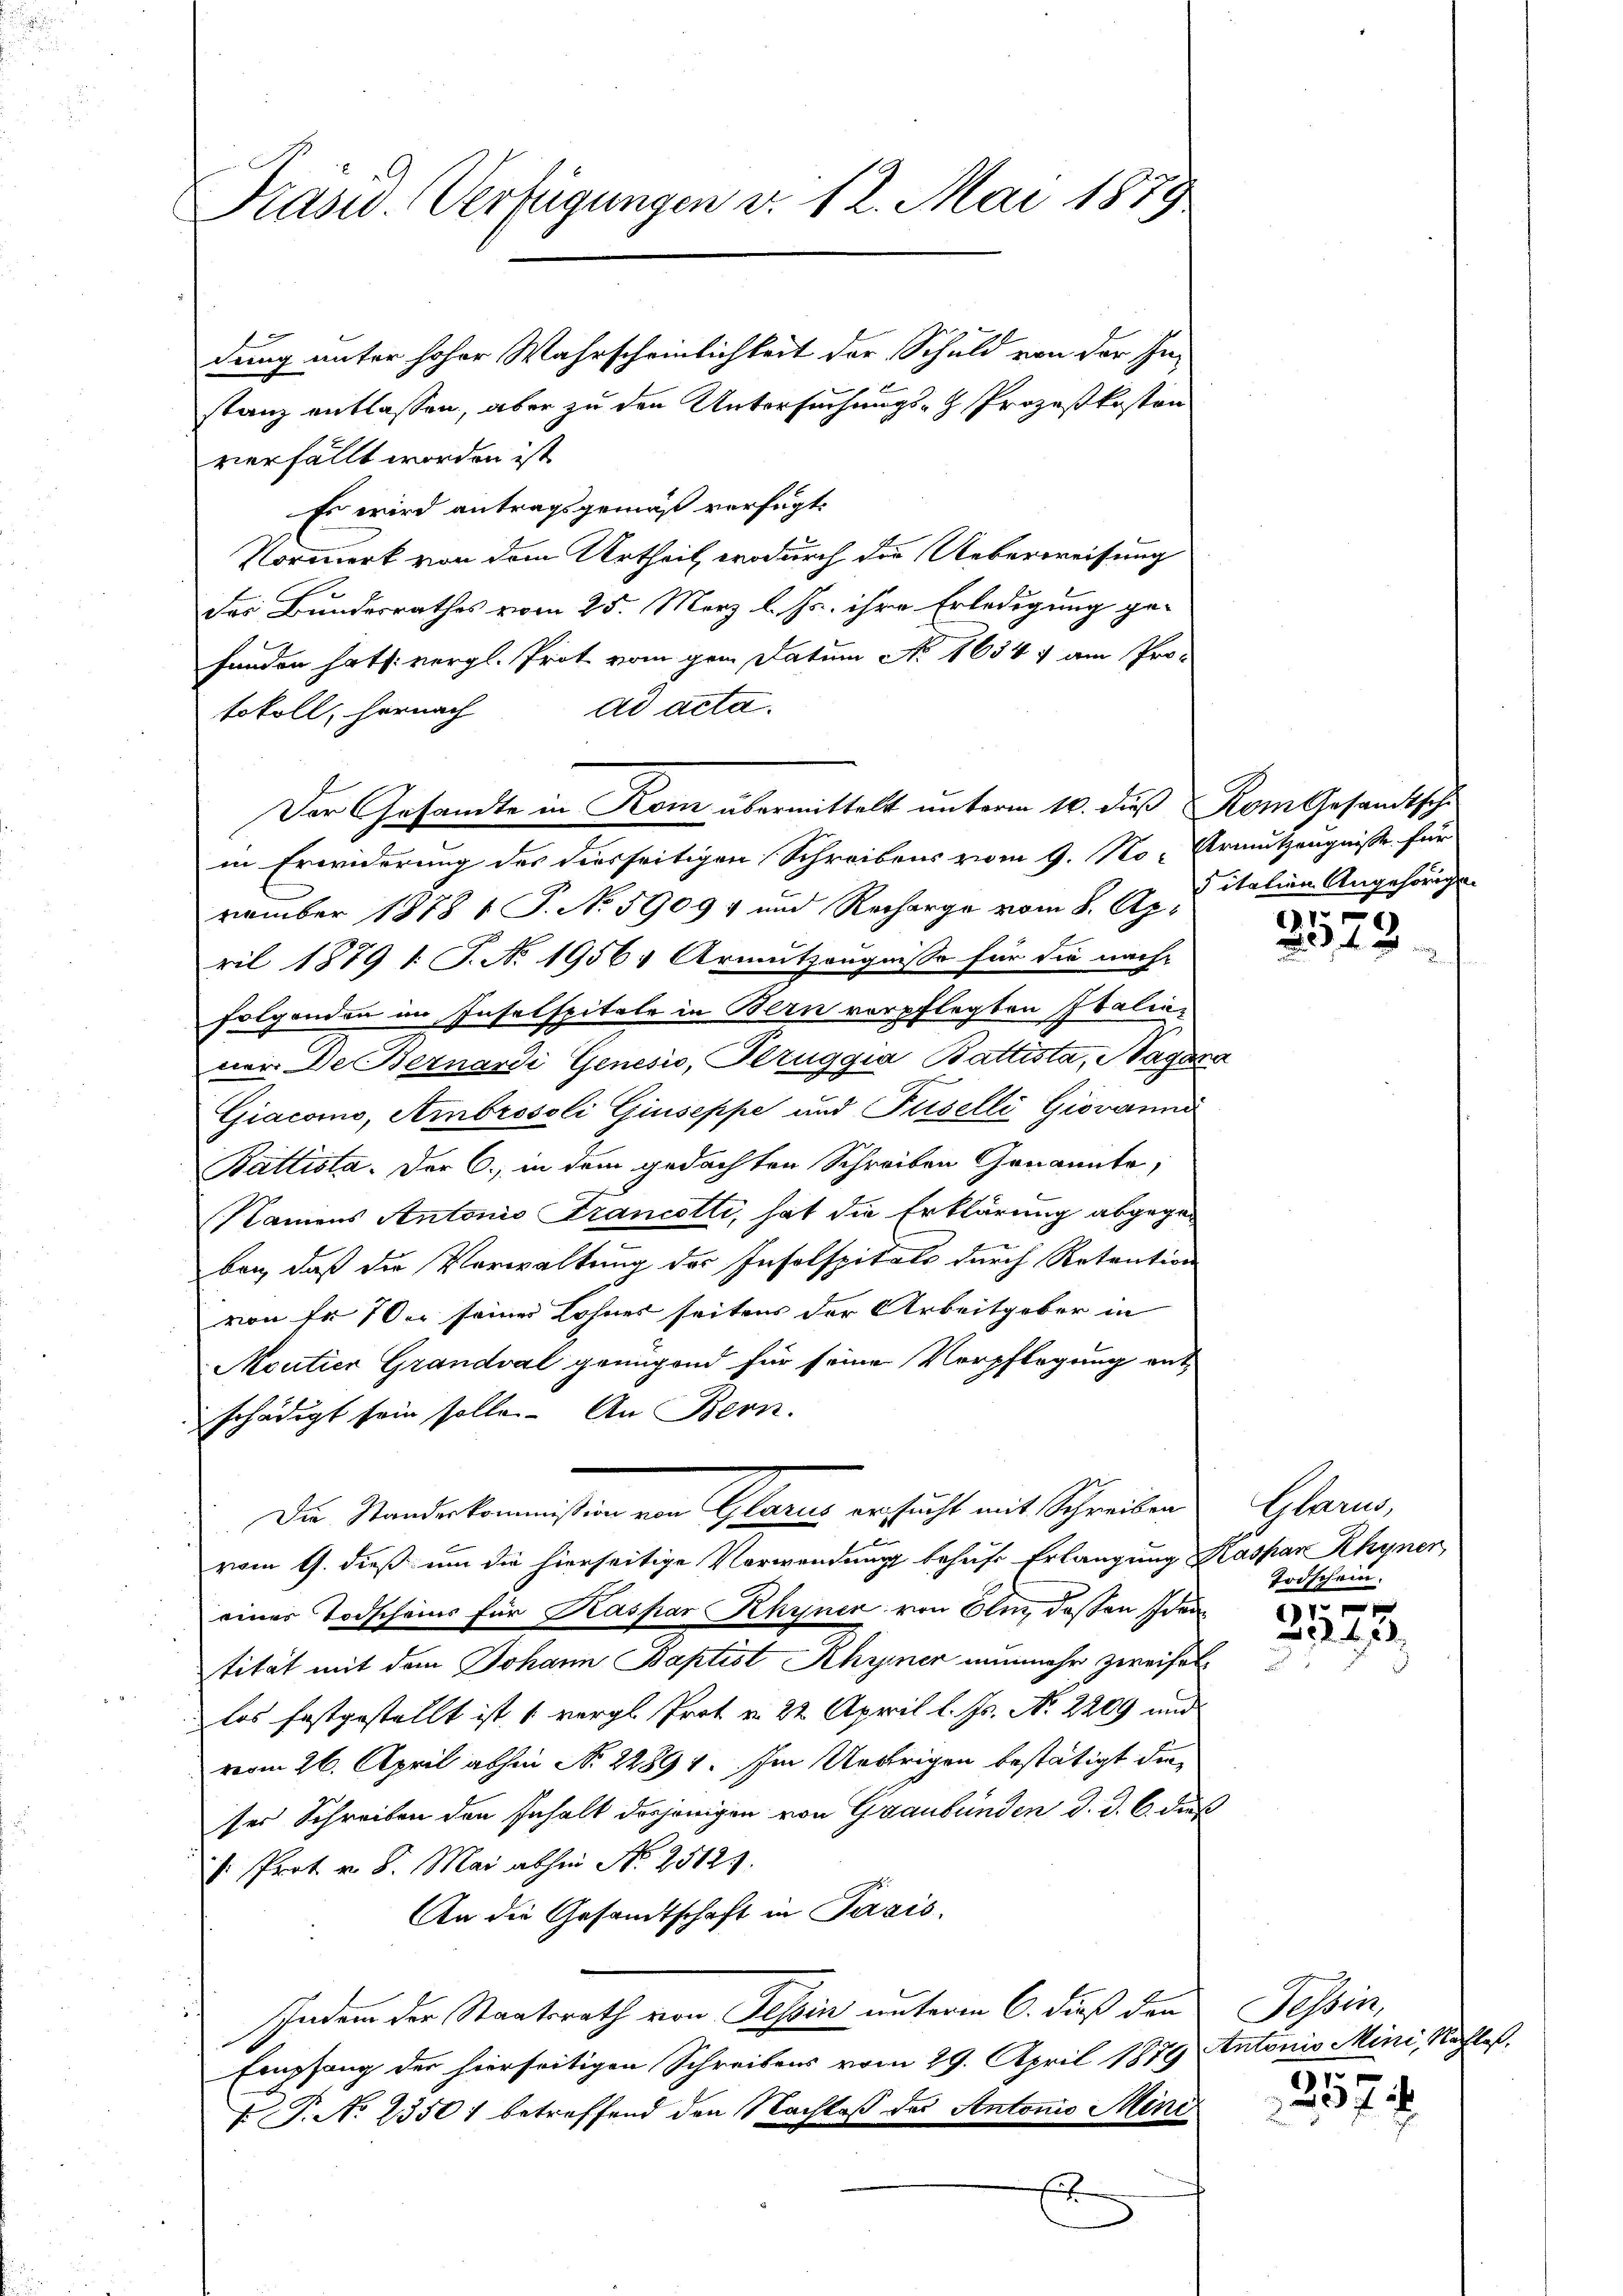
Präsid. Verfügungen v. 12. Mai 1879

dung unter hoher Wahrscheinlichkeit der Schuld von der In-
stanz entlassen, aber zu den Untersuchungs- & Prozeßkosten
verfällt worden ist
Es wird antragsgemäß verfügt:
Vormerk von dem Urtheil, wodurch die Ueberweisung
des Bundesrathes vom 25. März l. Js. ihre Erledigung gefunden hat s: vergl. Prot vom gen Datum No. 1634 f am Pro-
ad acta.
tokoll, hernach
in Erwiderung des diesseitigen Schreibens vom 9. No- Urmutzeugnisse für
vember 1878 1 S. No. 5909) und Recharge vom 8. Apr
ril 1879 1: J. No 1956; Armutzeugnisse für die nach-
folgenden im Inselspitale in Bern verpflegten Italinner De Bernardi Genesis, Peruggia Battista, Hagara
Giacomo, Ambrosoli Giuseppe und Füselli Giovanno
Battista. Der C., in dem gedachten Schreiben Genannte;
Namens Antonio Francotti, hat die Erklärung abgegeben, daß die Verwaltung des Insolspitals durch Retration
von Er er seiner Lohner seitens der Arbeitgeber in
Moutier Grandval genügend für seine Verpflegung ent-
schädigt sein solle. An Bern.
Die Mandeskommnissen ein Glarus ersucht mit Schreiben
vom 9. dieß um die hierseitige Verwendung behufs Erlangung Kaspar Rhyner
einer Todscheins für Kaspar Khyner von Olm, deßen Stantität mit dem Johann Baptist Rhyner nunmehr zweifel
los festgestellt ist, 1 vergl. Prot u. 22. April l. Js. No 2209 und
vom 26. April abhin No 22894. Im Uebrigen bestätigt dieser Schreiben den Inhalt desjenigen von Graubünden d. d. 6. dieß
1. Prot. v. 8. Mai abhin No 25121.
An die Gesandtschaft in Pasis.
schaden der Staatsrath von Tessin unterm 6. daß den
Empfang der hierseitigen Schreibens vom 29. April 1879 Antonio Mini, Nachtes.
P.P. No 23501 betreffend den Nachlaß des Antonio Mini
E

Der Gesandte in Kom übermittelt unterm 10. dieß Rom Gesamtsche

Fitalien Angehörigen

3573.

Glarus
Todschein.

0f xx
12420.

Tessin,
5.
37